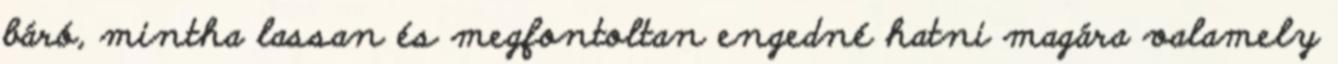
báró, mintha lassan és megfontoltan engedné hatni magára valamely